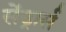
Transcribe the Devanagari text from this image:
सेंड्रार्स